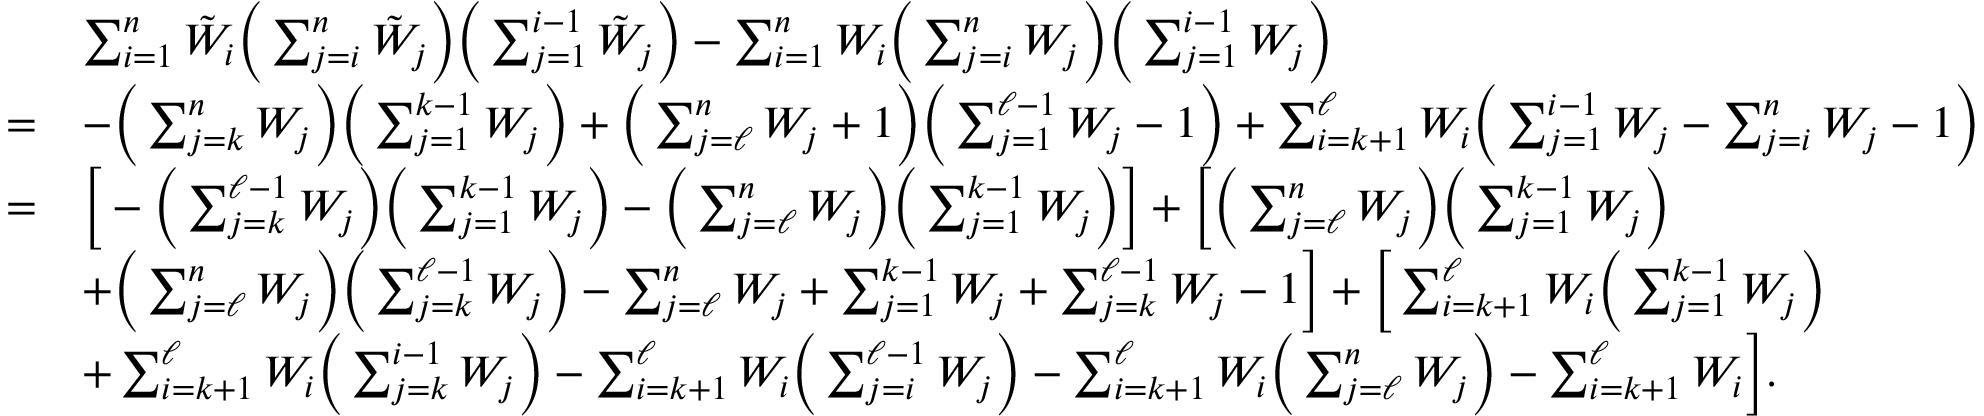
\begin{array} { r l } & { \sum _ { i = 1 } ^ { n } { \tilde { W } } _ { i } \Big ( \sum _ { j = i } ^ { n } { \tilde { W } } _ { j } \Big ) \Big ( \sum _ { j = 1 } ^ { i - 1 } { \tilde { W } } _ { j } \Big ) - \sum _ { i = 1 } ^ { n } W _ { i } \Big ( \sum _ { j = i } ^ { n } W _ { j } \Big ) \Big ( \sum _ { j = 1 } ^ { i - 1 } W _ { j } \Big ) } \\ { = } & { - \Big ( \sum _ { j = k } ^ { n } W _ { j } \Big ) \Big ( \sum _ { j = 1 } ^ { k - 1 } W _ { j } \Big ) + \Big ( \sum _ { j = \ell } ^ { n } W _ { j } + 1 \Big ) \Big ( \sum _ { j = 1 } ^ { \ell - 1 } W _ { j } - 1 \Big ) + \sum _ { i = k + 1 } ^ { \ell } W _ { i } \Big ( \sum _ { j = 1 } ^ { i - 1 } W _ { j } - \sum _ { j = i } ^ { n } W _ { j } - 1 \Big ) } \\ { = } & { \Big [ - \Big ( \sum _ { j = k } ^ { \ell - 1 } W _ { j } \Big ) \Big ( \sum _ { j = 1 } ^ { k - 1 } W _ { j } \Big ) - \Big ( \sum _ { j = \ell } ^ { n } W _ { j } \Big ) \Big ( \sum _ { j = 1 } ^ { k - 1 } W _ { j } \Big ) \Big ] + \Big [ \Big ( \sum _ { j = \ell } ^ { n } W _ { j } \Big ) \Big ( \sum _ { j = 1 } ^ { k - 1 } W _ { j } \Big ) } \\ & { + \Big ( \sum _ { j = \ell } ^ { n } W _ { j } \Big ) \Big ( \sum _ { j = k } ^ { \ell - 1 } W _ { j } \Big ) - \sum _ { j = \ell } ^ { n } W _ { j } + \sum _ { j = 1 } ^ { k - 1 } W _ { j } + \sum _ { j = k } ^ { \ell - 1 } W _ { j } - 1 \Big ] + \Big [ \sum _ { i = k + 1 } ^ { \ell } W _ { i } \Big ( \sum _ { j = 1 } ^ { k - 1 } W _ { j } \Big ) } \\ & { + \sum _ { i = k + 1 } ^ { \ell } W _ { i } \Big ( \sum _ { j = k } ^ { i - 1 } W _ { j } \Big ) - \sum _ { i = k + 1 } ^ { \ell } W _ { i } \Big ( \sum _ { j = i } ^ { \ell - 1 } W _ { j } \Big ) - \sum _ { i = k + 1 } ^ { \ell } W _ { i } \Big ( \sum _ { j = \ell } ^ { n } W _ { j } \Big ) - \sum _ { i = k + 1 } ^ { \ell } W _ { i } \Big ] . } \end{array}